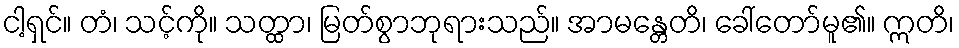
ငါ့ရှင်။ တံ၊ သင့်ကို။ သတ္ထာ၊ မြတ်စွာဘုရားသည်။ အာမန္တေတိ၊ ခေါ်တော်မူ၏။ ဣတိ၊